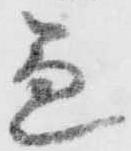
急